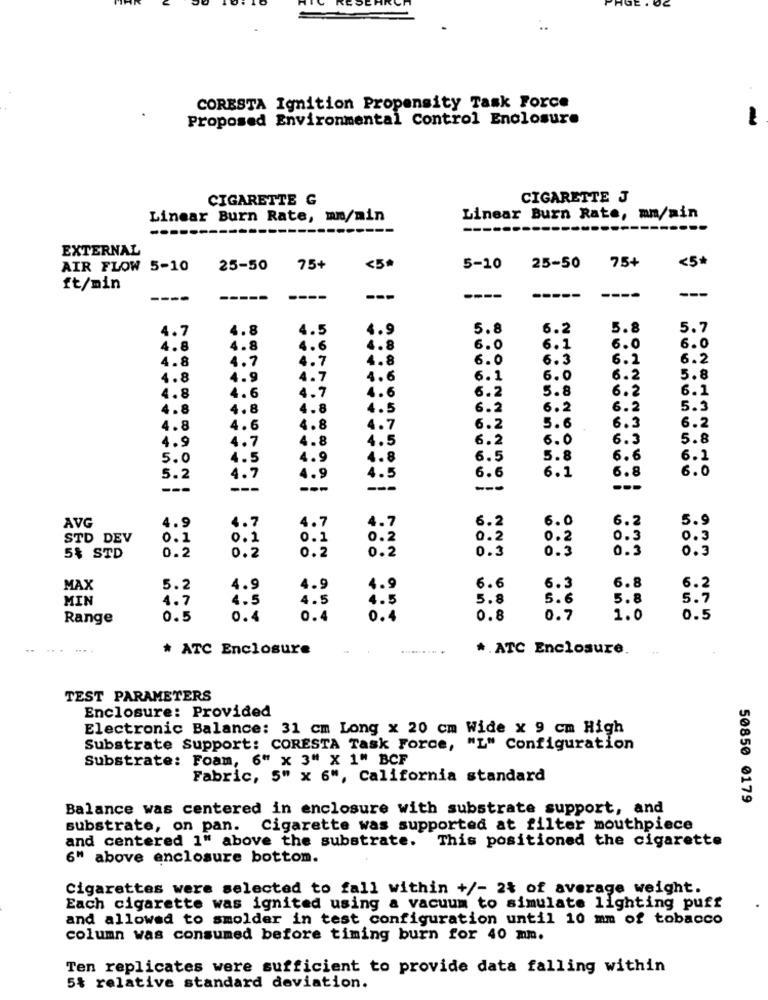
..
CORESTA Ignition Propensity Task Force
Proposed Environmental Control Enclosure
CIGARETTE G
CIGARETTE J
Linear Burn Rate, mm/min
Linear Burn Rate, mm/min
----....
EXTERNAL
75+
<5
AIR FLOW 5-10
25-50 75+
<5ª
5-10
25-50
ft/min
---
----
---
----
4.7
4.8
4.5
4.9
5.8
6.2
5.8
5.7
4.8
4.8
4.6
4.8
6.0
6.1
6.0
6.0
4.8
4.7
4.7
4.8
6.0
6.3
6.2
6.2
4.8
.9
4.7
4.6
6.1
6.0
6.2
5.8
4.6
6.2
5.8
6.2
6.1
4.8
4.7
4.6
4.8
4.8
4.8
4.5
6.2
6.2
6.2
5.3
6.3
4.8
1.6
4.8
4.7
6.2
5.6
6.2
4.9
4.7
4.8
4.5
6.2
6.0
6.3
5.8
5.0
4.5
4.9
4.8
6.5
5.8
6.6
6.1
4.7
6.1
6.8
6.0
5.2
4.9
4.5
6.6
---
---
---
---
AVG
4.9
.7
4.7
4.7
6.2
6.0
6.2
5.9
STD DEV
0.1
0.1
0.1
0.2
0.2
0.2
0.3
0.3
0.2
0.2
0.2
0.2
0.3
0.3
0.3
0.3
5% STD
4.9
6.6
6.2
MAX
5.2
4.9
4.9
6.3
6.8
MIN
4.7
4.5
4.5
4.5
5.8
5.6
5.8
5.7
Range
0.5
0.4
0.4
0.4
0.8
0.7
1.0
0.5
* ATC Enclosure
*. ATC Enclosure.
TEST PARAMETERS
Enclosure: Provided
Electronic Balance: 31 cm Long x 20 cm Wide x 9 cm High
Substrate Support: CORESTA Task Force,
"L" Configuration
Substrate: Foam, 6" x 3" X 1" BCF
Fabric, 5" x 6", California standard
50850 0179
Balance was centered in enclosure with substrate support, and
substrate, on pan. Cigarette was supported at filter mouthpiece
This positioned the cigarette
and centered 1" above the substrate.
6" above enclosure bottom.
Cigarettes were selected to fall within +/- 2% of average weight.
Each cigarette was ignited using a vacuum to simulate lighting puff
and allowed to smolder in test configuration until 10 mm of tobacco
column was consumed before timing burn for 40 mm.
Ten replicates were sufficient to provide data falling within
5% relative standard deviation.